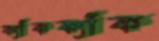
ক্যাঁকক্যাঁক